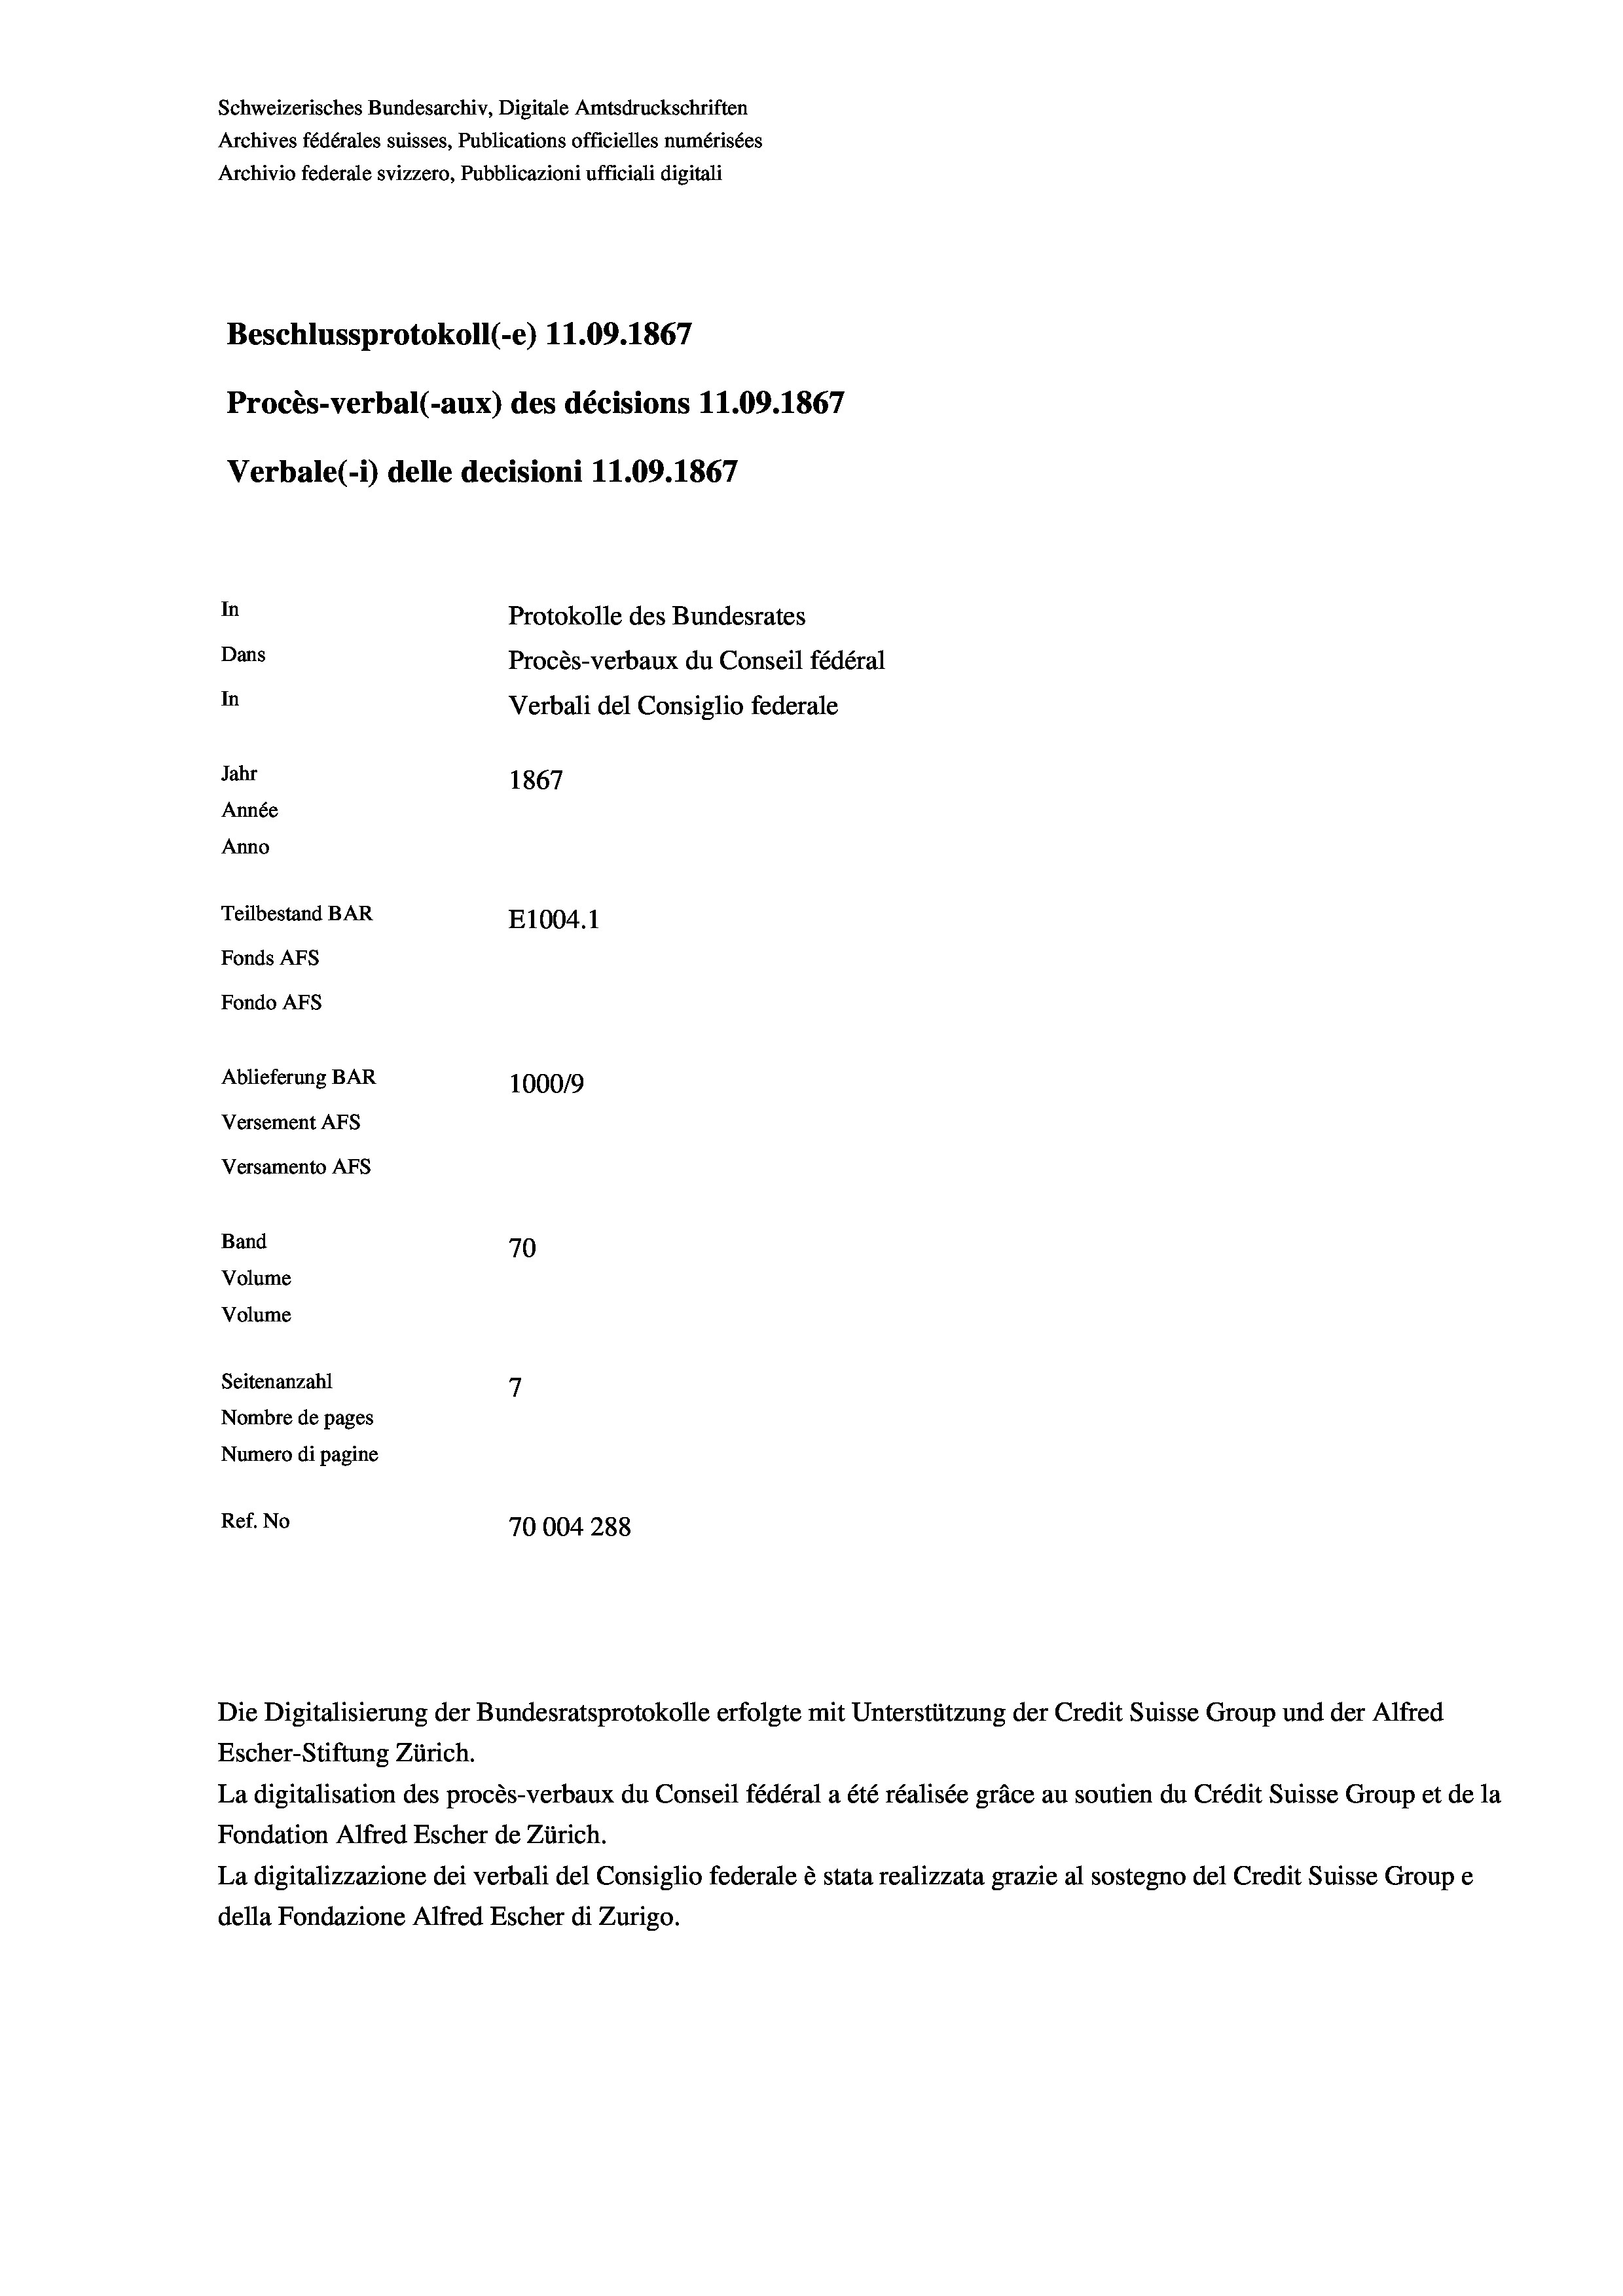
Schweizerisches Bundesarchiv, Digitale Amtsdruckschriften
Archives fédérales suisses, Publications officielles numérisées
Archivio federale svizzero, Pubblicazioni ufficiali digitali
Beschlussprotokoll (-e) 11.09. 1867
Procès-verbal (-aux) des décisions 11.09. 1867
Verbale (i) delle decisioni 11.09. 1867
In
Protokolle des Bundesrates
Dans
Procès-verbaux du Conseil fédéral
In
Verbali del Consiglio federale
Jahr
1867
Année
Anno
Teilbestand BAR
E1004.1
Fonds AFs
Fondo AFs

Ablieferung BAR
Versement Abs
Versamento Afs
Band
Volume
Volume
Seitenanzahl

70
7
Nombre de pages
Numero di pagine
Ref. No
70004288

100019

Escher-Stiftung Zürich.
La digitalisation des procès-verbaux du Conseil fédéral a été réalisée gräce au soutien du Crédit Suisse Group et de la
Fondation Alfred Escher de Zürich.
La digitalizzazione dei verbali del Consiglio federale è stata realizzata grazie al sostegno del Credit Suisse Groupe
della Fondazione Alfred Escher di Zurigo.

Die Digitalisierung der Bundesratsprotokolle erfolgte mit Unterstützung der Credit Suisse Group und der Alfred